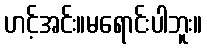
ဟင့်အင်း။မရောင်းပါဘူး။